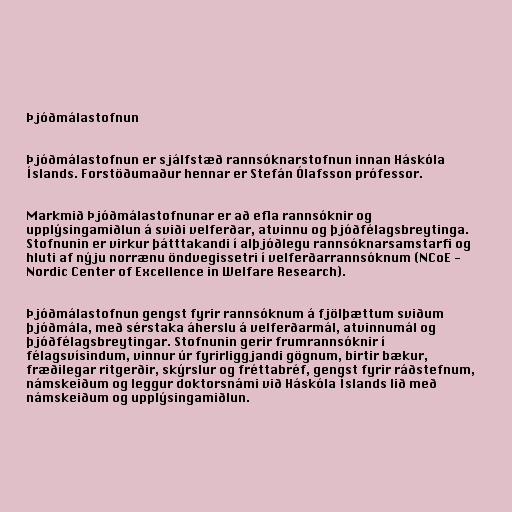
Þjóðmálastofnun

Þjóðmálastofnun er sjálfstæð rannsóknarstofnun innan Háskóla
Íslands. Forstöðumaður hennar er Stefán Ólafsson prófessor.

Markmið Þjóðmálastofnunar er að efla rannsóknir og
upplýsingamiðlun á sviði velferðar, atvinnu og þjóðfélagsbreytinga.
Stofnunin er virkur þátttakandi í alþjóðlegu rannsóknarsamstarfi og
hluti af nýju norrænu öndvegissetri í velferðarrannsóknum (NCoE -
Nordic Center of Excellence in Welfare Research).

Þjóðmálastofnun gengst fyrir rannsóknum á fjölþættum sviðum
þjóðmála, með sérstaka áherslu á velferðarmál, atvinnumál og
þjóðfélagsbreytingar. Stofnunin gerir frumrannsóknir í
félagsvísindum, vinnur úr fyrirliggjandi gögnum, birtir bækur,
fræðilegar ritgerðir, skýrslur og fréttabréf, gengst fyrir ráðstefnum,
námskeiðum og leggur doktorsnámi við Háskóla Íslands lið með
námskeiðum og upplýsingamiðlun.